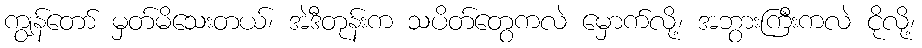
ကျွန်တော် မှတ်မိသေးတယ်၊ အဲဒီတုန်းက သပိတ်တွေကလဲ မှောက်လို့၊ အဘွားကြီးကလဲ ငိုလို့၊